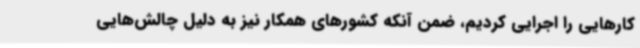
کارهایی را اجرایی کردیم، ضمن آنکه کشورهای همکار نیز به دلیل چالش‌هایی